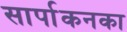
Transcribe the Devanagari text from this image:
सार्पाकनका